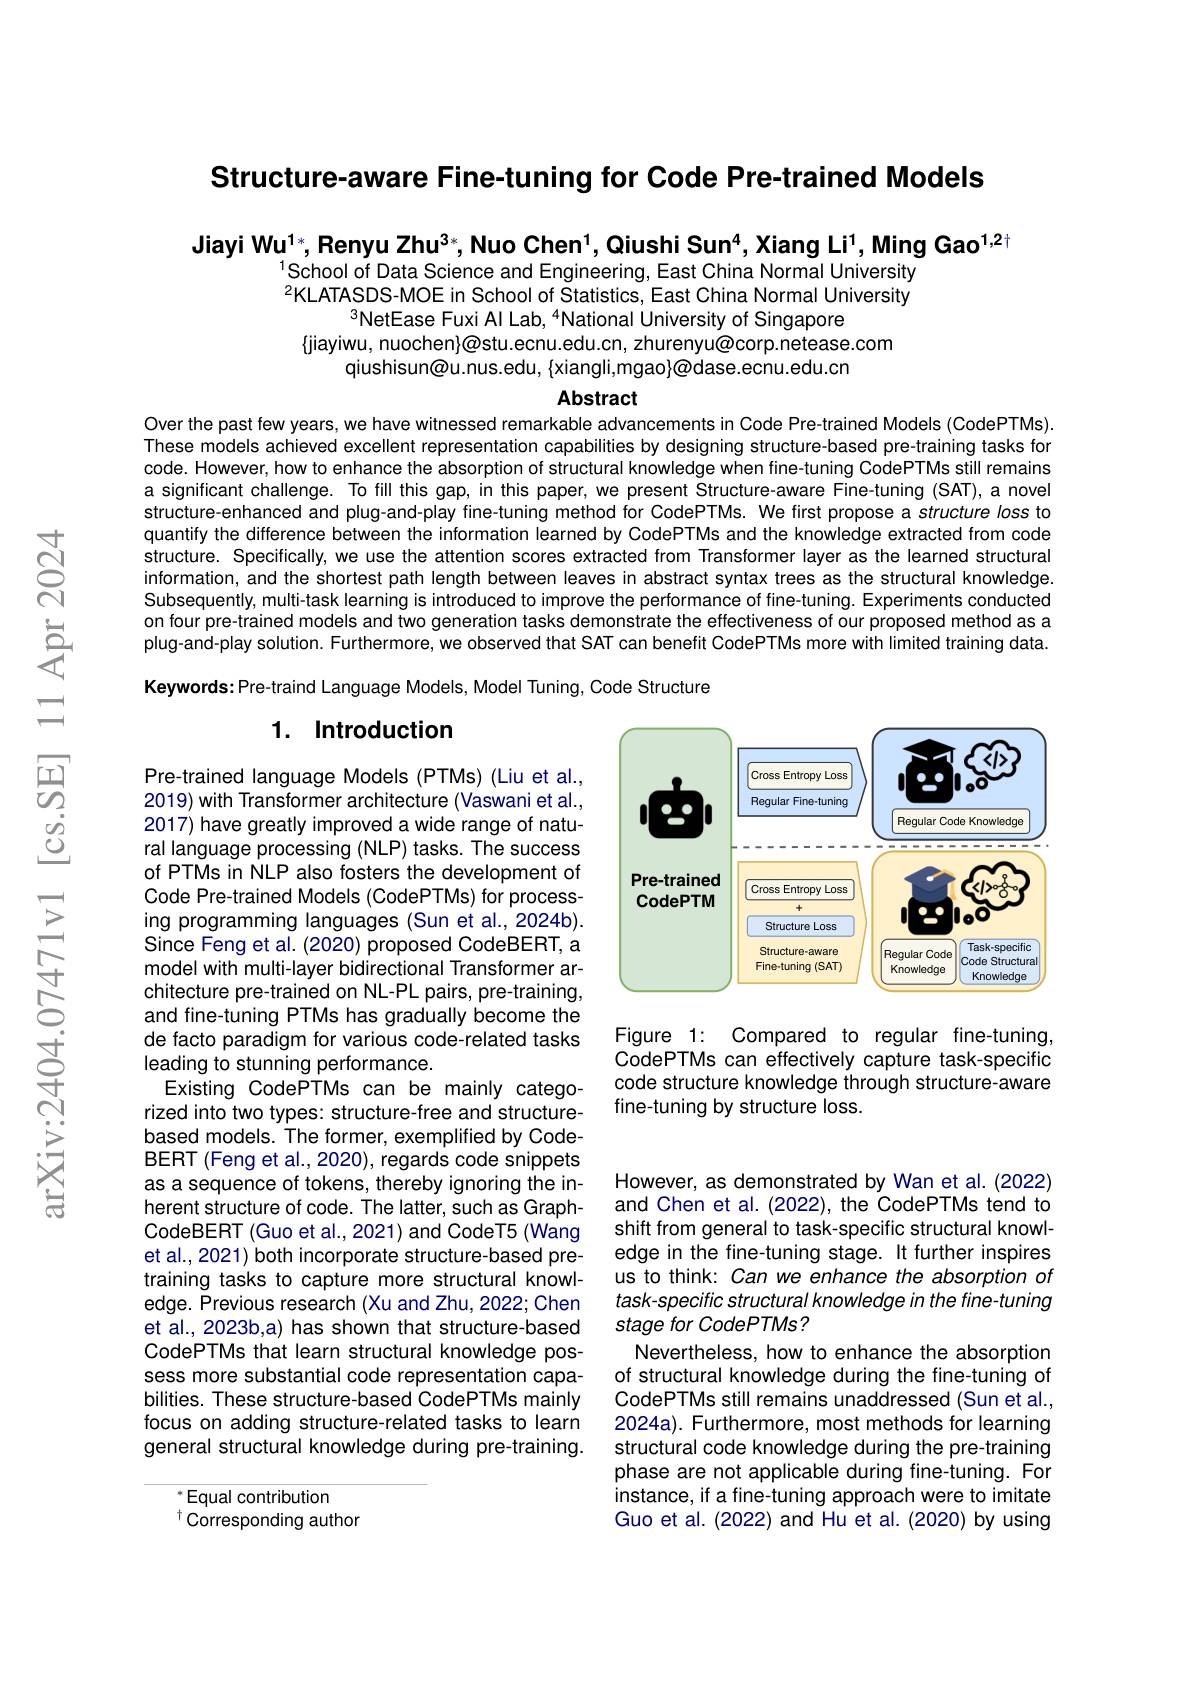
Structure-aware Fine-tuning for Code Pre-trained Models

Jiayi Wu$^1*$, Renyu Zhu$^3*$, Nuo Chen$^1$,Qiushi Sun$^4$,Xiang Li$^1$,Ming Gao$^1,2\dagger$

School of Data Science and Engineering, East China Normal University $^{2}$KLATASDS-MOE in School of Statistics, East China Normal University
$^{3}$NetEase Fuxi Al Lab, “National University of Singapore
$\{$jiayiwu, nuochen}@stu.ecnu.edu.cn, zhurenyu@corp.netease.com
qiushisun@u.nus.edu, {xiangli,mgao}@dase.ecnu.edu.cn

### Abstract

Over the past few years, we have witnessed remarkable advancements in Code Pre-trained Models (CodePTMs). These models achieved excellent representation capabilities by designing structure-based pre-training tasks for code. However, how to enhance the absorption of structural knowledge when fine-tuning CodePTMs still remains a significant challenge. To fill this gap, in this paper, we present Structure-aware Fine-tuning (SAT), a novel structure-enhanced and plug-and-play fine-tuning method for CodePTMs. We first propose a structure loss to quantify the difference between the information learned by CodePTMs and the knowledge extracted from code structure. Specifically, we use the attention scores extracted from Transformer layer as the learned structural information, and the shortest path length between leaves in abstract syntax trees as the structural knowledge. Subsequently, multi-task learning is introduced to improve the performance of fine-tuning. Experiments conducted on four pre-trained models and two generation tasks demonstrate the effectiveness of our proposed method as a plug-and-play solution. Furthermore, we observed that SAT can benefit CodePTMs more with limited training data. Keywords:Pre-traind Language Models, Model Tuning, Code Structure

### 1. Introduction

<FigureHere>

Figure 1: Compared to regular fine-tuning. CodePTMs can effectively capture task-specific code structure knowledge through structure-aware fine-tuning by structure loss.

Pre-trained language Models (PTMs) (Liu et al., 2019) with Transformer architecture (Vaswani et al., 2017) have greatly improved a wide range of natural language processing (NLP) tasks. The success of PTMs in NLP also fosters the development of Code Pre-trained Models (CodePTMs) for processing programming languages (Sun et al.,2024b). Since Feng et al. (2020) proposed CodeBERT, a model with multi-layer bidirectional Transformer architecture pre-trained on NL-PL pairs, pre-training, and fine-tuning PTMs has gradually become the de facto paradigm for various code-related tasks leading to stunning performance.
Existing CodePTMs can be mainly categorized into two types: structure-free and structurebased models. The former, exemplified by CodeBERT (Feng et al., 2020), regards code snippets as a sequence of tokens, thereby ignoring the inherent structure of code. The latter, such as GraphCodeBERT (Guo et al.,2021) and CodeT5 (Wang et al., 2021) both incorporate structure-based pretraining tasks to capture more structural knowledge. Previous research (Xu and Zhu, 2022; Chen et al., 2023b,a) has shown that structure-based CodePTMs that learn structural knowledge possess more substantial code representation capabilities. These structure-based CodePTMs mainly focus on adding structure-related tasks to learn general structural knowledge during pre-training.

However, as demonstrated by Wan et al. (2022) and Chen et al. (2022), the CodePTMs tend to shift from general to task-specific structural knowledge in the fine-tuning stage. It further inspires us to think: Can we enhance the absorption of task-specific structural knowledge in the fine-tuning stage for CodePTMs?
Nevertheless, how to enhance the absorption of structural knowledge during the fine-tuning of CodePTMs still remains unaddressed (Sun et al., 2024a). Furthermore, most methods for learning structural code knowledge during the pre-training phase are not applicable during fine-tuning. For instance, if a fine-tuning approach were to imitate Guo et al. (2022) and Hu et al. (2020) by using

$^*$Equal contribution

Corresponding author